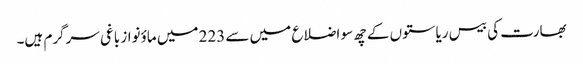
بھارت کی بیس ریاستوں کے چھ سو اضلاع میں سے 223 میں ماؤنواز باغی سرگرم ہیں۔